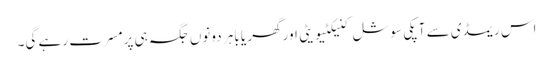
اس ریمڈی سے آپکی سوشل کنیکٹیویٹی اور گھر یا باہر دونوں جگہ ہی پرمسرت رہے گی۔